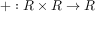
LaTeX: + : R \times R \to R